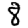
Digit: 8